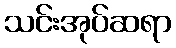
သင်းအုပ်ဆရာ